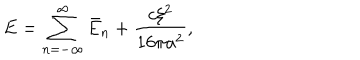
E = \sum _ { n = - \infty } ^ { \infty } \bar { E } _ { n } + \frac { c \xi ^ { 2 } } { 1 6 \pi a ^ { 2 } } { , }